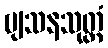
ဗျသနသုတ္တံ